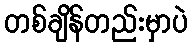
တစ်ချိန်တည်းမှာပဲ